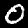
Digit: 0